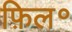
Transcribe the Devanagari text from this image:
फ़िल॰